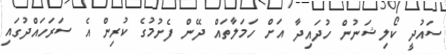
ސައުދީ ކޯލިޝަނުން ހުދައިދާ އަށް ހަމަލާތައް ދޭން ފެށުމުގެ ކުރިން އެ ސަރަހައްދުގައި